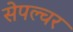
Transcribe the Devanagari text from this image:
सेपल्चर